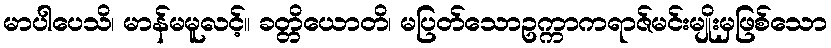
မာပါပေသိ၊ မာန်မမူလင့်။ ခတ္တိယောတိ၊ မပြတ်သောဥက္ကာကရာဇ်မင်းမျိုးမှဖြစ်သော